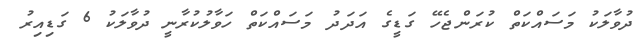
ދުވާލަކު މަސައްކަތް ކުރަންޖެހޭ ގަޑީގެ އަދަދު މަސައްކަތް ހަވާލުކުރާނީ ދުވާލަކު 6 ގަޑިއިރު